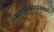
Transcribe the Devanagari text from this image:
व्यासयुधिष्ठिरसंवादः